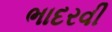
ભાદરવી